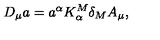
D _ { \mu } a = a ^ { \alpha } K _ { \alpha } ^ { M } \delta _ { M } A _ { \mu } ,